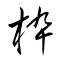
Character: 枠